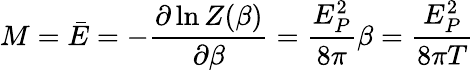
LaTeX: M=\bar{E}=-{\frac{\partial\ln Z(\beta)}{\partial\beta}}={\frac{E_{P}^{2}}{8\pi}}\beta={\frac{E_{P}^{2}}{8\pi T}}